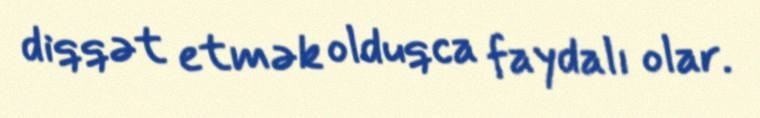
diqqət etmək olduqca faydalı olar.